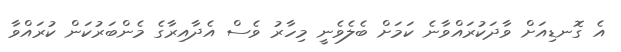
އެ ގޮނޑިއަށް ވާދަކުރައްވާނެ ކަމަށް ބެލެވެނީ މިހާރު ވެސް އެދާއިރާގެ މެންބަރުކަން ކުރައްވާ